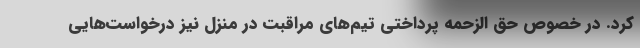
کرد. در خصوص حق الزحمه پرداختی تیم‌های مراقبت در منزل نیز درخواست‌هایی